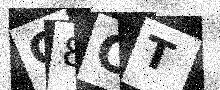
Text: C8OT